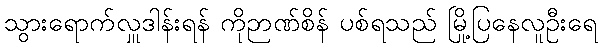
သွားရောက်လှူဒါန်းရန် ကိုဉာဏ်စိန် ပစ်ရသည် မြို့ပြနေလူဦးရေ